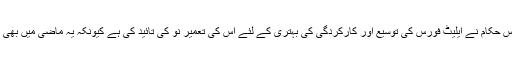
ماہرین اور پولیس حکام نے ایلیٹ فورس کی توسیع اور کارکردگی کی بہتری کے لئے اس کی تعمیر نو کی تائید کی ہے کیونکہ یہ ماضی میں بھی موثر رہی ہے ۔